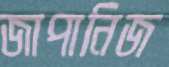
জাপানিজ